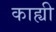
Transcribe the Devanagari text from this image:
काह्यी